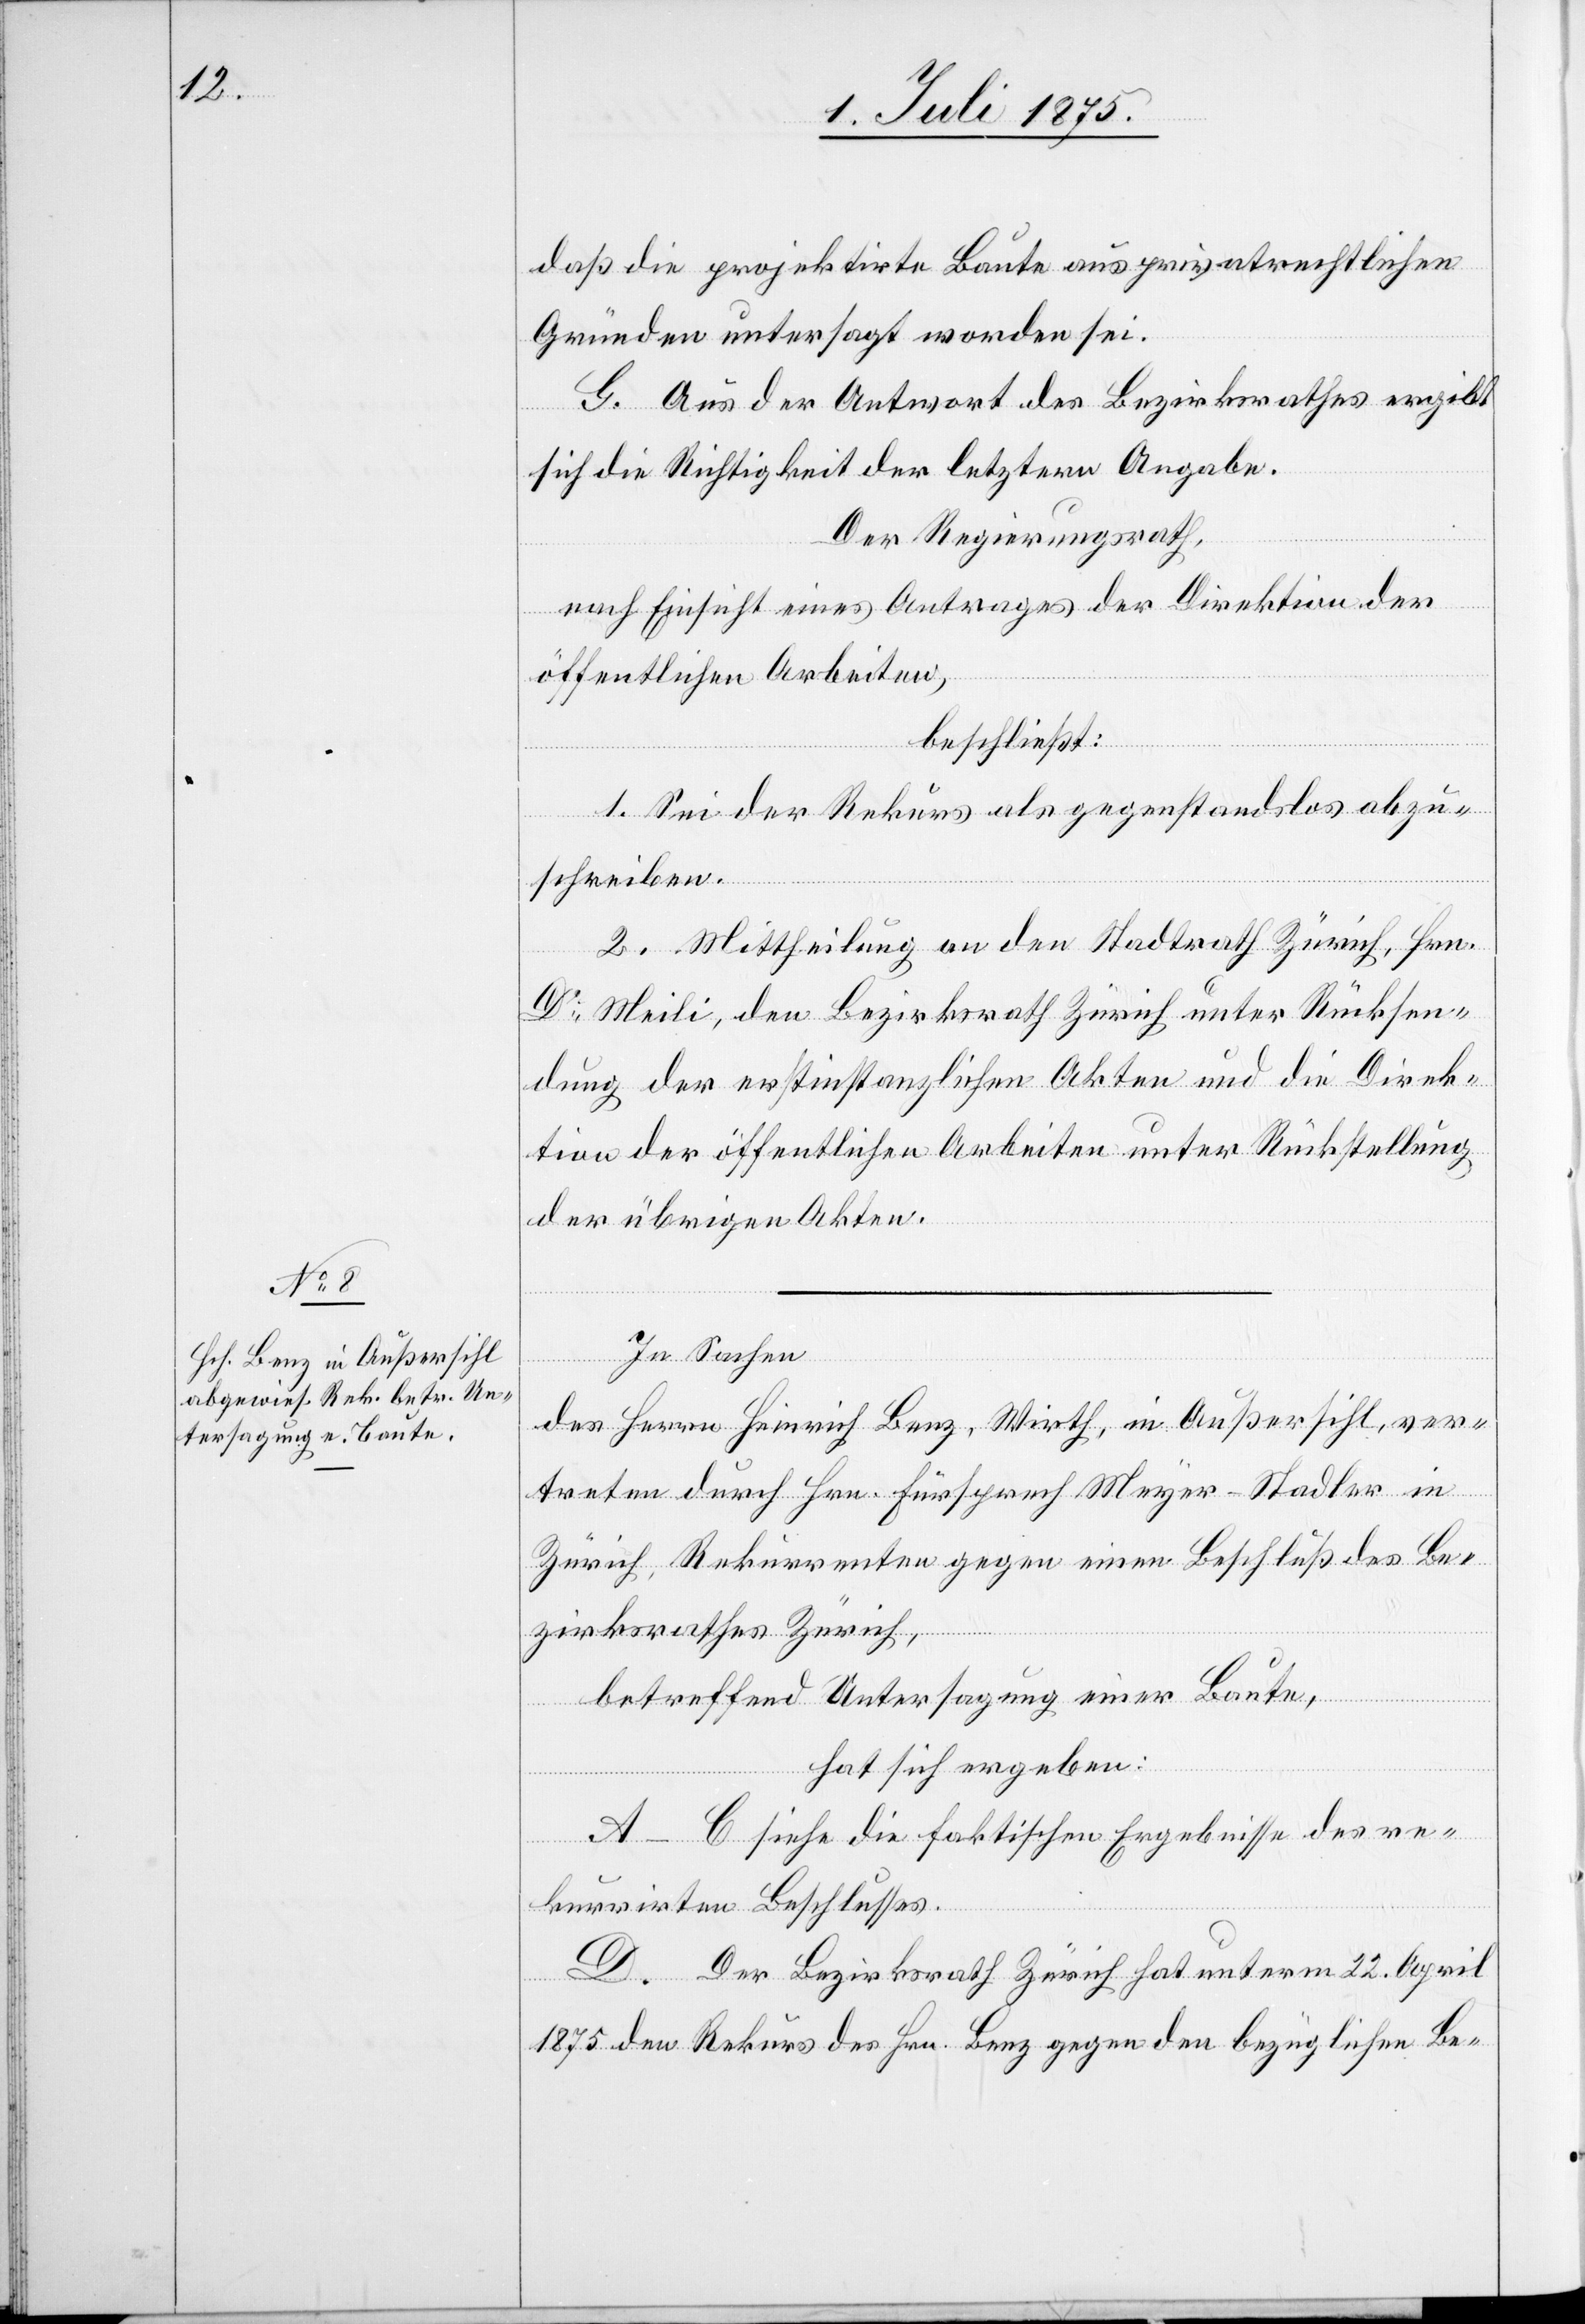
daß die projektirte Baute aus privatrechtlichen
Gründen untersagt worden sei.
G. Aus der Antwort des Bezirksrathes ergibt
sich die Richtigkeit der letztern Angabe.
Der Regierungsrath,
nach Einsicht eines Antrages der Direktion der
öffentlichen Arbeiten,
beschließt:
1. Sei der Rekurs als gegenstandslos abzu¬
schreiben.
2. Mittheilung an den Stadtrath Zürich, Hrn.
Dr Meili, den Bezirksrath Zürich unter Rücksen¬
dung der erstinstanzlichen Akten und die Direk¬
tion der öffentlichen Arbeiten unter Rückstellung
der übrigen Akten.
In Sachen
des Herrn Heinrich Benz, Wirth, in Außersihl, ver¬
treten durch Hrn. Fürsprech Meyer-Stadler in
Zürich, Rekurrenten gegen einen Beschluß des Be¬
zirksrathes Zürich,
betreffend Untersagung einer Baute,
hat sich ergeben:
A–C siehe die faktischen Ergebnisse des re¬
kurrirten Beschlußes.
D. Der Bezirksrath Zürich hat unterm 22. April
1875 den Rekurs des Hrn. Benz gegen den bezüglichen Be-